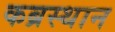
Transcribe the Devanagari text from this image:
कब्रस्थान